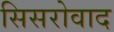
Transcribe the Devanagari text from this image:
सिसरोवाद